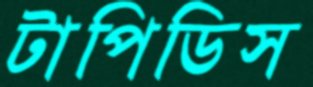
টাপিডিস